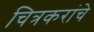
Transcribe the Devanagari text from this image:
चित्रकरांचे